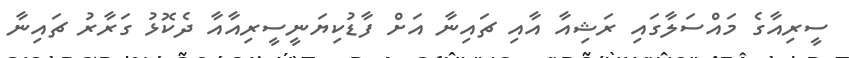
ސީރިއާގެ މައްސަލާގައި ރަޝިއާ އާއި ޗައިނާ އަށް ފާޑުކިޔަނީސީރިއާއާ ދެކޮޅު ގަރާރު ޗައިނާ